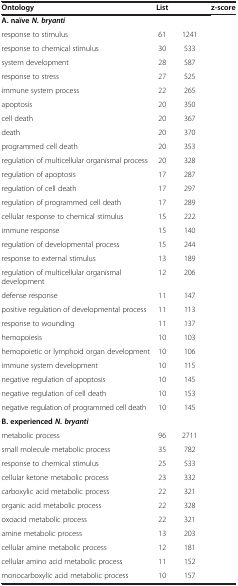
<table><thead><tr><td><b>Ontology</b></td><td><b>List</b></td><td>[EMPTY_CELL]</td><td><b>z-score</b></td></tr></thead><tbody><tr><td><b>A. naïve </b><b><i>N. bryanti</i></b></td><td>[EMPTY_CELL]</td><td>[EMPTY_CELL]</td><td>[EMPTY_CELL]</td></tr><tr><td>response to stimulus</td><td>61</td><td>1241</td><td>[EMPTY_CELL]</td></tr><tr><td>response to chemical stimulus</td><td>30</td><td>533</td><td>[EMPTY_CELL]</td></tr><tr><td>system development</td><td>28</td><td>587</td><td>[EMPTY_CELL]</td></tr><tr><td>response to stress</td><td>27</td><td>525</td><td>[EMPTY_CELL]</td></tr><tr><td>immune system process</td><td>22</td><td>265</td><td>[EMPTY_CELL]</td></tr><tr><td>apoptosis</td><td>20</td><td>350</td><td>[EMPTY_CELL]</td></tr><tr><td>cell death</td><td>20</td><td>367</td><td>[EMPTY_CELL]</td></tr><tr><td>death</td><td>20</td><td>370</td><td>[EMPTY_CELL]</td></tr><tr><td>programmed cell death</td><td>20</td><td>353</td><td>[EMPTY_CELL]</td></tr><tr><td>regulation of multicellular organismal process</td><td>20</td><td>328</td><td>[EMPTY_CELL]</td></tr><tr><td>regulation of apoptosis</td><td>17</td><td>287</td><td>[EMPTY_CELL]</td></tr><tr><td>regulation of cell death</td><td>17</td><td>297</td><td>[EMPTY_CELL]</td></tr><tr><td>regulation of programmed cell death</td><td>17</td><td>289</td><td>[EMPTY_CELL]</td></tr><tr><td>cellular response to chemical stimulus</td><td>15</td><td>222</td><td>[EMPTY_CELL]</td></tr><tr><td>immune response</td><td>15</td><td>140</td><td>[EMPTY_CELL]</td></tr><tr><td>regulation of developmental process</td><td>15</td><td>244</td><td>[EMPTY_CELL]</td></tr><tr><td>response to external stimulus</td><td>13</td><td>189</td><td>[EMPTY_CELL]</td></tr><tr><td>regulation of multicellular organismal development</td><td>12</td><td>206</td><td>[EMPTY_CELL]</td></tr><tr><td>defense response</td><td>11</td><td>147</td><td>[EMPTY_CELL]</td></tr><tr><td>positive regulation of developmental process</td><td>11</td><td>113</td><td>[EMPTY_CELL]</td></tr><tr><td>response to wounding</td><td>11</td><td>137</td><td>[EMPTY_CELL]</td></tr><tr><td>hemopoiesis</td><td>10</td><td>103</td><td>[EMPTY_CELL]</td></tr><tr><td>hemopoietic or lymphoid organ development</td><td>10</td><td>106</td><td>[EMPTY_CELL]</td></tr><tr><td>immune system development</td><td>10</td><td>115</td><td>[EMPTY_CELL]</td></tr><tr><td>negative regulation of apoptosis</td><td>10</td><td>145</td><td>[EMPTY_CELL]</td></tr><tr><td>negative regulation of cell death</td><td>10</td><td>153</td><td>[EMPTY_CELL]</td></tr><tr><td>negative regulation of programmed cell death</td><td>10</td><td>145</td><td>[EMPTY_CELL]</td></tr><tr><td><b>B. experienced </b><b><i>N. bryanti</i></b></td><td>[EMPTY_CELL]</td><td>[EMPTY_CELL]</td><td>[EMPTY_CELL]</td></tr><tr><td>metabolic process</td><td>96</td><td>2711</td><td>[EMPTY_CELL]</td></tr><tr><td>small molecule metabolic process</td><td>35</td><td>782</td><td>[EMPTY_CELL]</td></tr><tr><td>response to chemical stimulus</td><td>25</td><td>533</td><td>[EMPTY_CELL]</td></tr><tr><td>cellular ketone metabolic process</td><td>23</td><td>332</td><td>[EMPTY_CELL]</td></tr><tr><td>carboxylic acid metabolic process</td><td>22</td><td>321</td><td>[EMPTY_CELL]</td></tr><tr><td>organic acid metabolic process</td><td>22</td><td>328</td><td>[EMPTY_CELL]</td></tr><tr><td>oxoacid metabolic process</td><td>22</td><td>321</td><td>[EMPTY_CELL]</td></tr><tr><td>amine metabolic process</td><td>13</td><td>203</td><td>[EMPTY_CELL]</td></tr><tr><td>cellular amine metabolic process</td><td>12</td><td>181</td><td>[EMPTY_CELL]</td></tr><tr><td>cellular amino acid metabolic process</td><td>11</td><td>152</td><td>[EMPTY_CELL]</td></tr><tr><td>monocarboxylic acid metabolic process</td><td>10</td><td>157</td><td>[EMPTY_CELL]</td></tr></tbody></table>